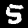
Digit: 5